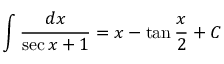
\int { \frac { d x } { \sec { x } + 1 } } = x - \tan { \frac { x } { 2 } } + C